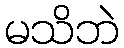
မသိဘဲ